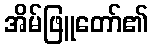
အိမ်ဖြူတော်၏